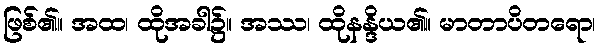
ဖြစ်၏။ အထ၊ ထိုအခါ၌။ အဿ၊ ထိုနန္ဒိယ၏။ မာတာပိတရော၊